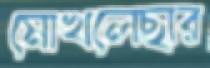
মোখলেছার